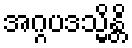
အဂ္ဂပဒသ္မိန္တိ